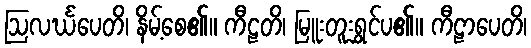
ဩလင်္ဃပေတိ၊ နိမ့်စေ၏။ ကီဠတိ၊ မြူးတူးရွှင်ပ၏။ ကီဠာပေတိ၊